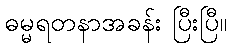
ဓမ္မရတနာအခန်း ပြီးပြီ။